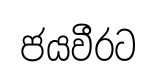
ජයවීරට